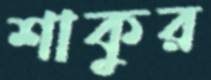
শাকুর